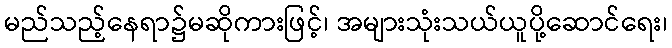
မည်သည့်နေရာ၌မဆိုကားဖြင့်၊ အများသုံးသယ်ယူပို့ဆောင်ရေး၊